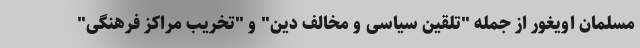
مسلمان اویغور از جمله "تلقین سیاسی و مخالف دین" و "تخریب مراکز فرهنگی"